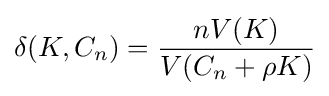
\delta (K,C_{n})={\frac {nV(K)}{V(C_{n}+\rho K)}}